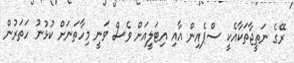
ރޭގެ ނަތީޖާތަކާއެކީ ސްޕެއިން އާއި އިޓަލީއަށް ވެސް ވަނީ މިހާތަނަށް ކުޅުނު ހަތަރުން